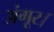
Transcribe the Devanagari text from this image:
अंगूर।